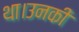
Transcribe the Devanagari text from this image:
था।उनकी